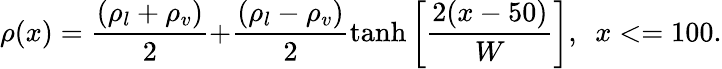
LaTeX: \rho(x)=\frac{{({\rho_{l}}+{\rho_{v}})}}{2}\mathrm{{+}}\frac{{({\rho_{l}}-{\rho_{v}})}}{2}\operatorname{tanh}\left[{\frac{{2(x-50)}}{W}}\right],~~x<=100.